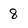
Character: 8